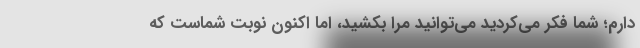
دارم؛ شما فکر می‌کردید می‌توانید مرا بکشید، اما اکنون نوبت شماست که